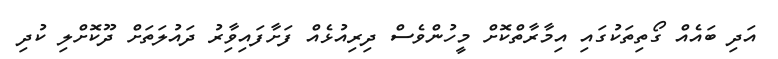
އަދި ބައެއް ގޯތިތަކުގައި އިމާރާތްކޮށް މީހުންވެސް ދިރިއުޅެއް ފަށާފައިވާިރު ދައުލަތަށް ދޫކޮށްލި ކުދި